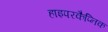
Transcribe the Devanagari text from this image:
हाइपरकैप्निक